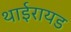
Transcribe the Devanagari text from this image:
थाईरायड